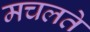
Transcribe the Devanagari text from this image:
मचलते